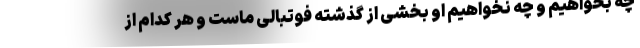
چه بخواهیم و چه نخواهیم او بخشی از گذشته فوتبالی ماست و هر کدام از